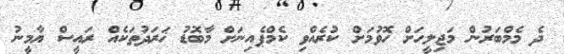
ދެ މެމްބަރުން މަޖިލީހަށް ހޮވުމަށް ކުރެއްވި ކެމްޕެއިނަށް މާބޮޑު ޚަރަދުތަކެއް ރައީސް ޔާމީނު